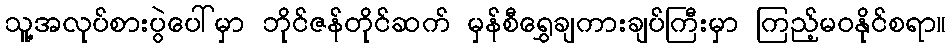
သူ့အလုပ်စားပွဲပေါ်မှာ ဘိုင်ဇန်တိုင်ဆက် မှန်စီရွှေချကားချပ်ကြီးမှာ ကြည့်မဝနိုင်စရာ။